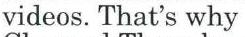
videos. That's why